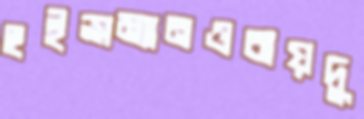
হুইন্সম্যানওবায়দু